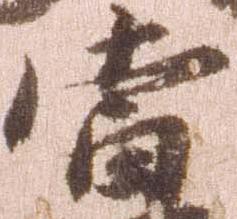
当